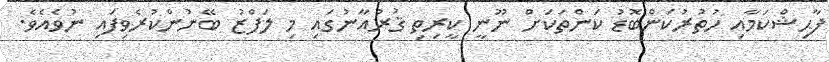
ފާޙިޝްކަމާއި ހުތުރުކަންބޮޑު ކަންތަކަށް ނޫނީ ކީރިތި ޤުރުއާނުގައި މި ލަފްޒު ބޭނުންކުރެވިފައި ނުވެއެވެ.